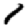
Digit: 1